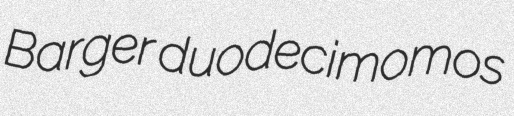
Barger duodecimomos